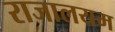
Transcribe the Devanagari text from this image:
राजालयम